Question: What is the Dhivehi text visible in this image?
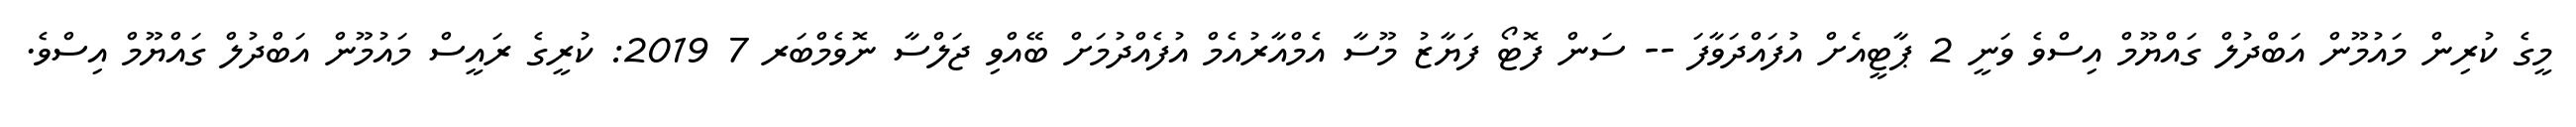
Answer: މީގެ ކުރިން މައުމޫން އަބްދުލް ގައްޔޫމް އިސްވެ ވަނީ 2 ޕާޓީއެށް އުފައްދަވާފަ -- ސަން ފޮޓޯ ފަޔާޒު މޫސާ އެމްއާރުއެމް އުފެއްދުމަށް ބޭއްވި ޖަލްސާ ނޮވެމްބަރ 7 2019: ކުރީގެ ރައީސް މައުމޫން އަބްދުލް ގައްޔޫމް އިސްވެ.